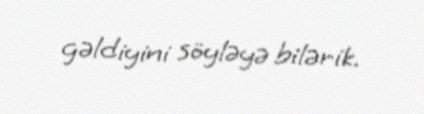
gəldiyini söyləyə bilərik.